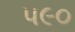
પ૯૦